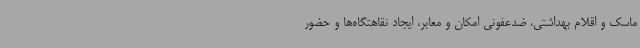
ماسک و اقلام بهداشتی، ضدعفونی امکان و معابر، ایجاد نقاهتگاه‌ها و حضور